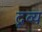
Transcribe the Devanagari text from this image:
दृव्य